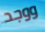
ووجد